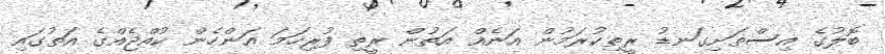
ބޮލުގެ އިސްތަށިގަނޑު ރީތިކުރަމުން އަނެއް އަތުން ރީތި ފުރިހަމަ އަންހެން ކުއްޖެއްގެ އަތުގައި